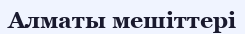
Алматы мешіттері